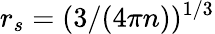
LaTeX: r_{s}=(3/(4\pi n))^{1/3}